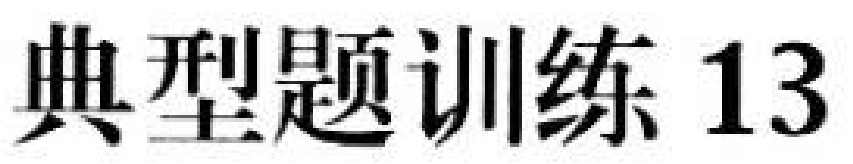
典型题训练 13